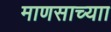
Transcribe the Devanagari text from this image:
माणसाच्याा